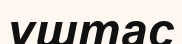
үштас